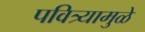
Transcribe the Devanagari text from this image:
पवित्र्यामुळे